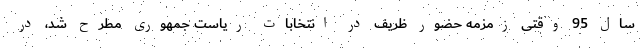
سال 95 وقتی زمزمه حضور ظریف در انتخابات ریاست جمهوری مطرح شد، در